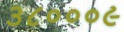
૩૮૦૦૦૯